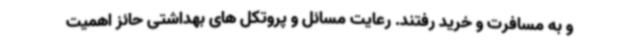
و به مسافرت و خرید رفتند. رعایت مسائل و پروتکل های بهداشتی حائز اهمیت